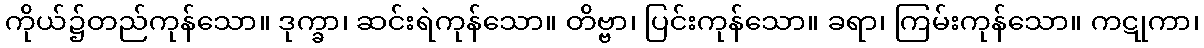
ကိုယ်၌တည်ကုန်သော။ ဒုက္ခာ၊ ဆင်းရဲကုန်သော။ တိဗ္ဗာ၊ ပြင်းကုန်သော။ ခရာ၊ ကြမ်းကုန်သော။ ကဋုကာ၊